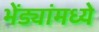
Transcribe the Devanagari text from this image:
भेंड्यांमध्ये